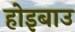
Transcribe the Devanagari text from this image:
होइबाउ